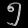
Digit: ၅